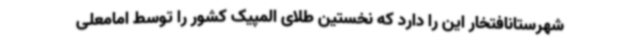
شهرستانافتخار این را دارد که نخستین طلای المپیک کشور را توسط امامعلی